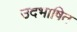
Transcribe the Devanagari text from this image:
उदभाषित